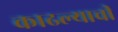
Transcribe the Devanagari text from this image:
काढल्याची